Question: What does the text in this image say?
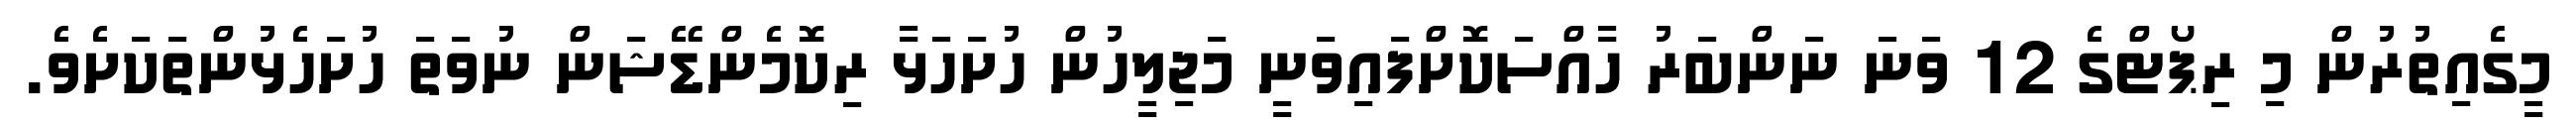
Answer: މީގެއިތުރުން މި ރިޕޯޓްގެ 12 ވަނަ ނަންބަރު ހާއްސަކޮށްފައިވަނީ މަޖިލީހުން ހުށަހަޅާ ރިކޮމެންޑޭޝަން ނުވަތަ ހުށަހެޅުންތަކަށެވެ.